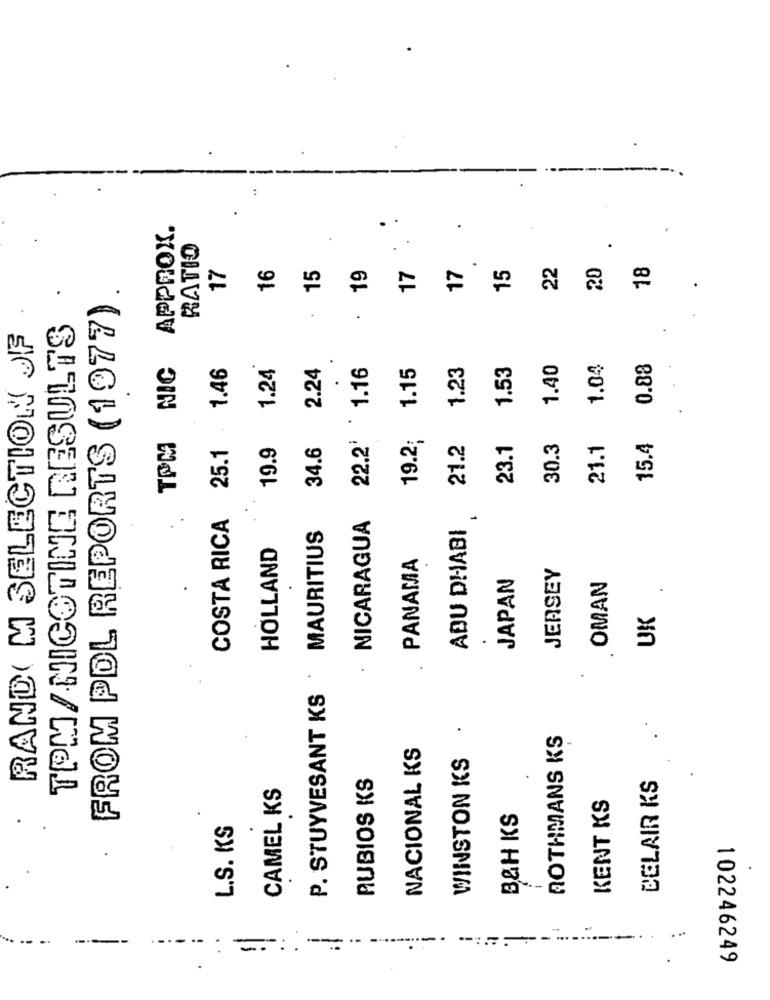
APPROX.
..
.
RATIO
..
17
16
15
17
15
22
19
17
.
FROM PDL REPORTS (1977).
TPM/ NICOTINE RESULTS
.
RAND( M SELECTION JF
NIC
1.46
1.24
2.24
22.2' 1.16
1.15
1.23
1.53
1.40
1.04
0.88
TPM
19.2;
15.4
25.1
19.9
34.6
21.2
23.1
30.3
21.1
COSTA RICA
NICARAGUA
MAURITIUS
ABU DHABI
HOLLAND
PANAMA
JERSEY
JAPAN
OMAN
UK
.
.
P. STUYVESANT KS
.
ROTHMANS KS
NACIONAL KS
WINSTON KS
RUBIOS KS
BELAIR KS
CAMEL KS
KENT KS
B&H KS
L.S. KS
--
--
=
--
.
102246249